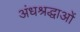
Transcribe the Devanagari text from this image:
अंधश्रद्धाओं